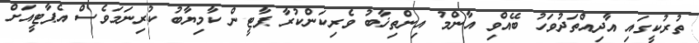
ތުރުކީގައި އާދިއްތަދުވަހު ބޭއްވި އާންމު އިންތިޚާބު ވެރިކަންކުރާ ޕާޓީން ކާމިޔާބު ކުރިނަމަވެސް އެޕާޓީއަށް